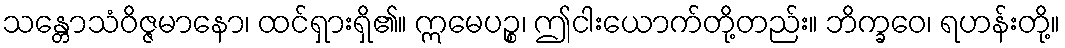
သန္တောသံဝိဇ္ဇမာနော၊ ထင်ရှားရှိ၏။ ဣမေပဉ္စ၊ ဤငါးယောက်တို့တည်း။ ဘိက္ခဝေ၊ ရဟန်းတို့။